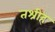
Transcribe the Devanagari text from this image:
तश्रीह